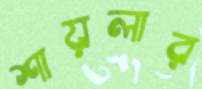
শায়লার